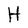
Character: H